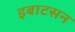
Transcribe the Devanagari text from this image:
इबाटसन